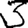
Digit: 3